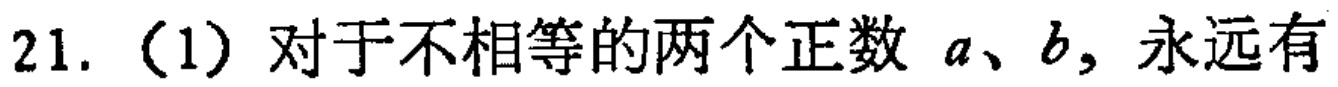
21.（1）对于不相等的两个正数 \(a、b\)，永远有